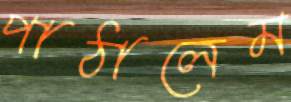
পাঠালেম